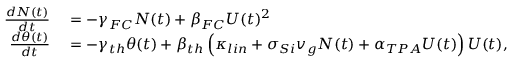
\begin{array} { r l } { \frac { d N ( t ) } { d t } } & { { } = - \gamma _ { F C } N ( t ) + \beta _ { F C } U ( t ) ^ { 2 } } \\ { \frac { d \theta ( t ) } { d t } } & { { } = - \gamma _ { t h } \theta ( t ) + \beta _ { t h } \left( \kappa _ { l i n } + \sigma _ { S i } v _ { g } N ( t ) + \alpha _ { T P A } U ( t ) \right) U ( t ) , } \end{array}